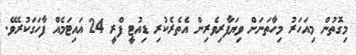
މިގޮތުން މިއަހަރު މިހާތަނަށް ވިޔަފާރިވެރިން އެތެރެކުރި ޑިއުޓީ ފްރީ 24 އައިޓަމެއް ފާހަގަކުރެވޭ.